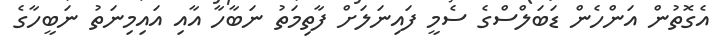
އެގޮތުން އަންހެން ޑަބަލްސްގެ ސެމީ ފައިނަލަށް ފާތިމަތު ނަބާހާ އާއި އައިމިނަތު ނަބީހާގެ